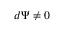
d \Psi \ne 0